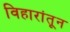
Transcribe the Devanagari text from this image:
विहारांतून